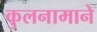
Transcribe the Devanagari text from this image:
कुलनामाने